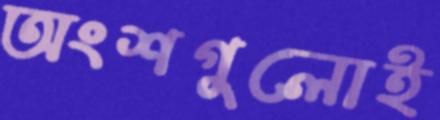
অংশগুলোই